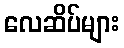
လေဆိပ်များ